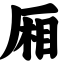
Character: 厢